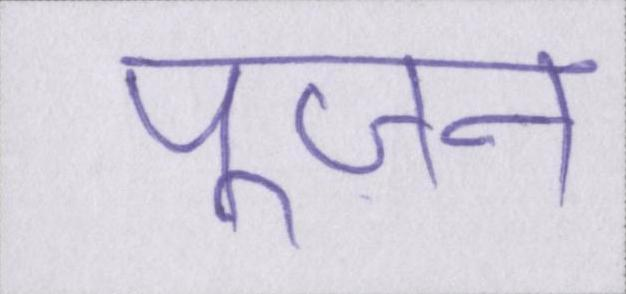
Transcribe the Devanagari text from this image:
पूजन